Indian journal of veterinary science and animal husbandry - Volumes 22-23, 1952-1953
Year: 1952
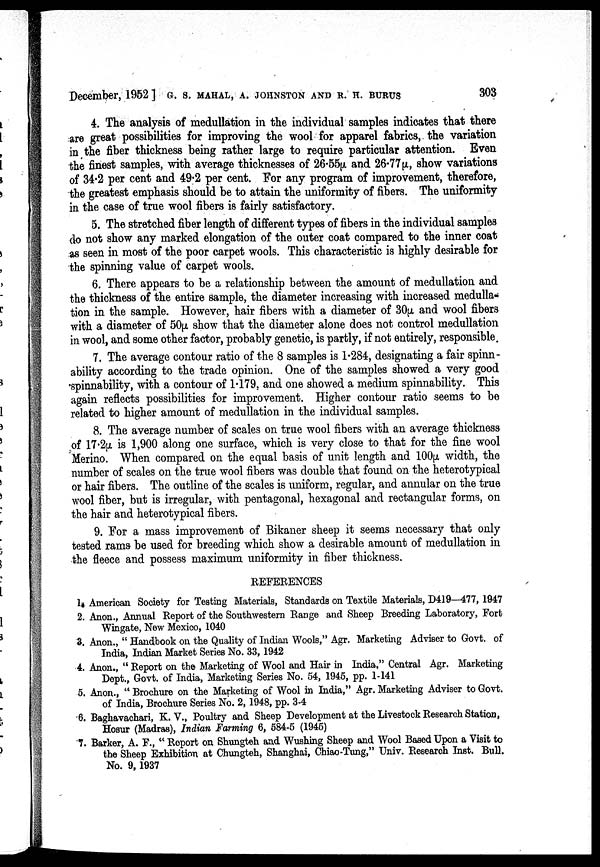
December, 1952] G. S. MAHAL, A. JOHNSTON AND R. H. BURUS 303
4. The analysis of medullation in the individual samples indicates that there
are great possibilities for improving the wool for apparel fabrics, the variation
in the fiber thickness being rather large to require particular attention. Even
the finest samples, with average thicknesses of 26.55µ and 26.77µ, show variations
of 34.2 per cent and 49.2 per cent. For any program of improvement, therefore,
the greatest emphasis should be to attain the uniformity of fibers. The uniformity
in the case of true wool fibers is fairly satisfactory.
5. The stretched fiber length of different types of fibers in the individual samples
do not show any marked elongation of the outer coat compared to the inner coat
as seen in most of the poor carpet wools. This characteristic is highly desirable for
the spinning value of carpet wools.
6. There appears to be a relationship between the amount of medullation and
the thickness of the entire sample, the diameter increasing with increased medulla-
tion in the sample. However, hair fibers with a diameter of 30µ and wool fibers
with a diameter of 50µ show that the diameter alone does not control medullation
in wool, and some other factor, probably genetic, is partly, if not entirely, responsible.
7. The average contour ratio of the 8 samples is 1.284, designating a fair spinn-
ability according to the trade opinion. One of the samples showed a very good
spinnability, with a contour of 1.179, and one showed a medium spinnability. This
again reflects possibilities for improvement. Higher contour ratio seems to be
related to higher amount of medullation in the individual samples.
8. The average number of scales on true wool fibers with an average thickness
of 17.2µ is 1,900 along one surface, which is very close to that for the fine wool
Merino. When compared on the equal basis of unit length and 100µ width, the
number of scales on the true wool fibers was double that found on the heterotypical
or hair fibers. The outline of the scales is uniform, regular, and annular on the true
wool fiber, but is irregular, with pentagonal, hexagonal and rectangular forms, on
the hair and heterotypical fibers.
9. For a mass improvement of Bikaner sheep it seems necessary that only
tested rams be used for breeding which show a desirable amount of medullation in
the fleece and possess maximum uniformity in fiber thickness.
REFERENCES
1. American Society for Testing Materials, Standards on Textile Materials, D419—477, 1947
2. Anon., Annual Report of the Southwestern Range and Sheep Breeding Laboratory, Fort
Wingate, New Mexico, 1040
3. Anon., "Handbook on the Quality of Indian Wools," Agr. Marketing Adviser to Govt. of
India, Indian Market Series No. 33, 1942
4. Anon., "Report on the Marketing of Wool and Hair in India," Central Agr. Marketing
Dept., Govt. of India, Marketing Series No. 54, 1945, pp. 1-141
5. Anon., "Brochure on the Marketing of Wool in India," Agr. Marketing Adviser to Govt.
of India, Brochure Series No. 2, 1948, pp. 3-4
6. Baghavachari, K. V., Poultry and Sheep Development at the Livestock Research Station,
Hosur (Madras), Indian Farming 6, 584-5 (1945)
7. Barker, A. F., "Report on Shungteh and Wushing Sheep and Wool Based Upon a Visit to
the Sheep Exhibition at Chungteh, Shanghai, Chiao-Tung," Univ. Research Inst. Bull.
No. 9, 1937